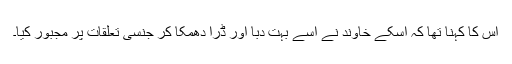
اس کا کہنا تھا کہ اسکے خاوند نے اسے بہت دبا اور ڈرا دھمکا کر جنسی تعلقات پر مجبور کیا۔